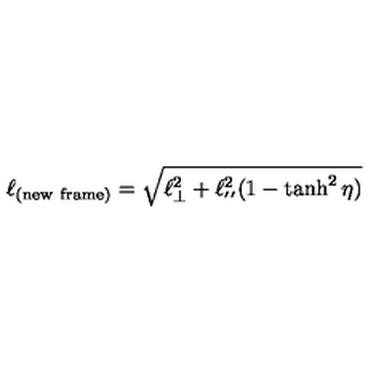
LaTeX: \ell _ { ( \mathrm { n e w \ f r a m e ) } } = \sqrt { \ell _ { \bot } ^ { 2 } + \ell _ { ' ^ { \prime } } ^ { 2 } ( 1 - \tanh ^ { 2 } \eta ) }